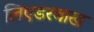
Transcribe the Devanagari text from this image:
लिएडरबाख